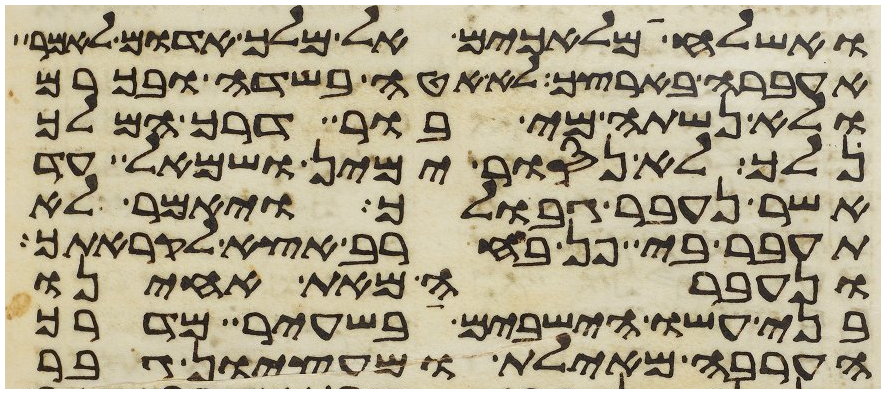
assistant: ואשלחה מלאכים אל מלך אדום לאמר
אעברה בארצך לא אטה בשדה ובכרם
ולא נשתה מי בור דרך המלך
נלך לא נסור ימין ושמאל עד
אשר נעבר גבולך ויאמר לא
תעבר בי פן בחרב אצא לקראתך
ונעברה מאת אחינו
בני עשו הישבים בשעיר מדרך
הערבה מאילת ומעציון גבר